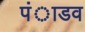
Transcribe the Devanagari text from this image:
पंाडव